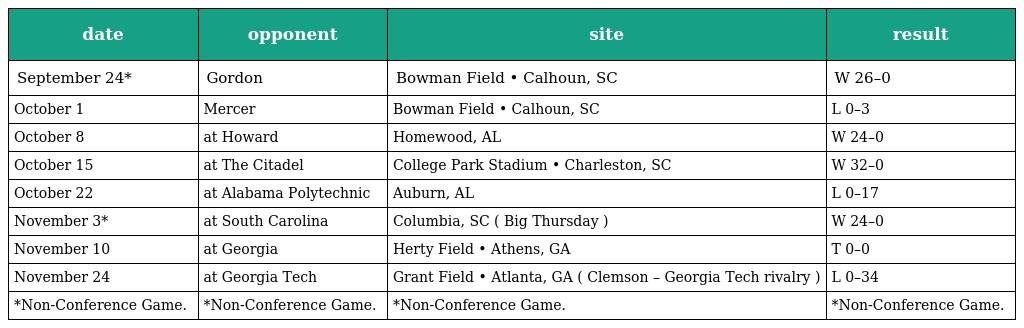
| date | opponent | site | result |
 | --- | --- | --- | --- |
 | September 24* | Gordon | Bowman Field • Calhoun, SC | W 26–0 |
 | October 1 | Mercer | Bowman Field • Calhoun, SC | L 0–3 |
 | October 8 | at Howard | Homewood, AL | W 24–0 |
 | October 15 | at The Citadel | College Park Stadium • Charleston, SC | W 32–0 |
 | October 22 | at Alabama Polytechnic | Auburn, AL | L 0–17 |
 | November 3* | at South Carolina | Columbia, SC ( Big Thursday ) | W 24–0 |
 | November 10 | at Georgia | Herty Field • Athens, GA | T 0–0 |
 | November 24 | at Georgia Tech | Grant Field • Atlanta, GA ( Clemson – Georgia Tech rivalry ) | L 0–34 |
 | *Non-Conference Game. | *Non-Conference Game. | *Non-Conference Game. | *Non-Conference Game. |